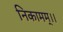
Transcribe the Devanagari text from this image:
निकामम्।।